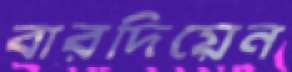
বারদিয়েন